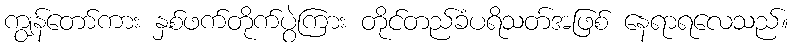
ကျွန်တော်ကား နှစ်ဖက်တိုက်ပွဲကြား တိုင်တည်ခံပရိသတ်အဖြစ် နေရာရလေသည်။